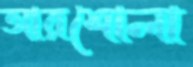
আরশোলা